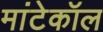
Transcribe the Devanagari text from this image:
मांटेकॉल